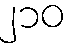
၂၁၀